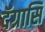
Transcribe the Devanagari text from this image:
दॅग्रासि